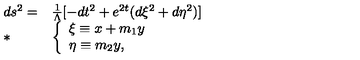
\begin{array} { l l } { d s ^ { 2 } = } & { \frac { 1 } { \Lambda } [ - d t ^ { 2 } + e ^ { 2 t } ( d \xi ^ { 2 } + d \eta ^ { 2 } ) ] \nonumber } \\ { * } & { \left\{ \begin{array} { l } { \xi \equiv x + m _ { 1 } y } \\ { \eta \equiv m _ { 2 } y , } \\ \end{array} \right. } \\ \end{array}